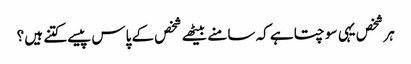
ہر شخص یہی سوچتا ہے کہ سامنے بیٹھے شخص کے پاس پیسے کتنے ہیں ؟